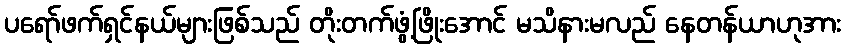
ပရော်ဖက်ရှင်နယ်များဖြစ်သည် တိုးတက်ဖွံ့ဖြိုးအောင် မသိနားမလည် နေတန်ယာဟုအား